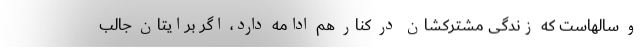
و سالهاست که زندگی مشترکشان در کنار هم ادامه دارد، اگر برایتان جالب